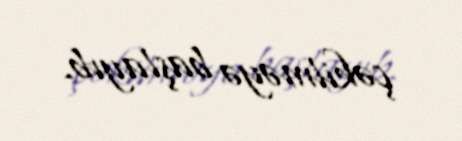
çəkilməyə başlayıb.